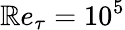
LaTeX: \mathbb{R}e_{\tau}=10^{5}